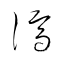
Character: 濟